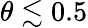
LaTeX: \theta\lesssim 0.5